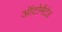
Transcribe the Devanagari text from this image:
ऑटोमैटेड